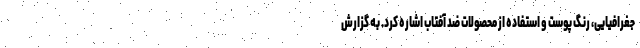
جغرافیایی، رنگ پوست و استفاده از محصولات ضد آفتاب اشاره کرد. به گزارش